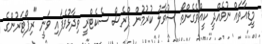
މީޑިއާތައް ނުވެއްދީ ކީއްވެގެންތޯ ސުވާލު ކުރުމުން ޕްރެސް ސެކެޓްރީ ވިދާޅުވެފައި ވަނީ "ރިޕޯޓަރުންގެ